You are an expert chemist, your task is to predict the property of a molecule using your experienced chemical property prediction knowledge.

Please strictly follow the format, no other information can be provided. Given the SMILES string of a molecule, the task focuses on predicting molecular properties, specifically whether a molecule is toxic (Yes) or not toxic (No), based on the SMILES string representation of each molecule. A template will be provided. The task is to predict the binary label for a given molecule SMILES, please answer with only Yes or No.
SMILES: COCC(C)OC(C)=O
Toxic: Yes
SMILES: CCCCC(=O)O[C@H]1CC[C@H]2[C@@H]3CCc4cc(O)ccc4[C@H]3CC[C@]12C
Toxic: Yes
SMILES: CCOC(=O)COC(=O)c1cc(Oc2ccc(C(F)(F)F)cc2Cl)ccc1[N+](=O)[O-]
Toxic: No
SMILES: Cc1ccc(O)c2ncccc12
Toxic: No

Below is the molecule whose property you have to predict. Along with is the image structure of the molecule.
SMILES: O=C1C(CCS(=O)c2ccccc2)C(=O)N(c2ccccc2)N1c1ccccc1
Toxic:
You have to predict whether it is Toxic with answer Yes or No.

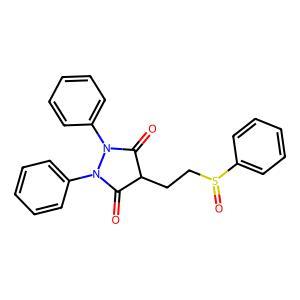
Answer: No